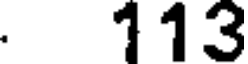
. 113